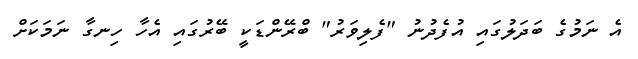
އެ ނަމުގެ ބަދަލުގައި އުފެދުނު "ފެލިވަރު" ބްރޭންޑަކީ ބޭރުގައި އެހާ ހިނގާ ނަމަކަށް